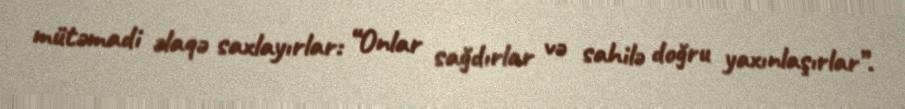
mütəmadi əlaqə saxlayırlar: “Onlar sağdırlar və sahilə doğru yaxınlaşırlar”.